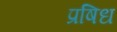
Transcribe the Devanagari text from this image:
प्रषिध